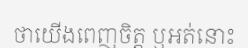
ថាយើងពេញចិត្ត ឬអត់នោះ